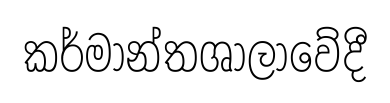
කර්මාන්තශාලාවේදී